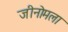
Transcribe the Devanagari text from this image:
जीनोमला